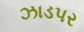
ઝાડપર